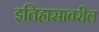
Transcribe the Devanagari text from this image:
इतिहासावरील